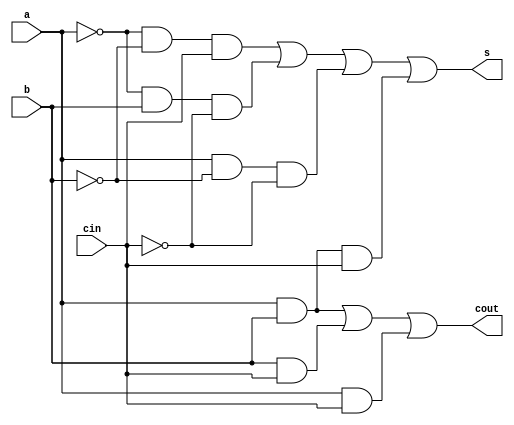
`timescale 1ns / 1ps
//////////////////////////////////////////////////////////////////////////////////
// Company: 
// Engineer: 
// 
// Design Name: 
// Module Name: adder
// Project Name: 
// Target Devices: 
// Tool Versions: 
// Description: 
// 
// Dependencies: 
// 
// Revision:
// Revision 0.01 - File Created
// Additional Comments:
// 
//////////////////////////////////////////////////////////////////////////////////


module smux1(
    input a,
    input b,
    input cin,
    output s,
    output cout
    );
    
    assign s = (~a & (~b) & cin) | (~a & b & (~cin)) | (a & (~b) & (~cin)) | (a & b & cin);
    assign cout = (a & b) | (b & cin) | (a & cin);
    
endmodule